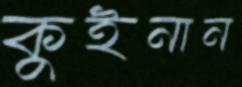
কুইনান